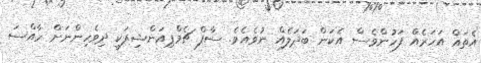
އެތައް އަހަރެއް ފަހުންވެސް އެކަން ބަދަލެއް ނުވެއެވެ. ސާފް ޗެމްޕިއަންޝިޕަކީ ދިވެހިންނަށް ހާއްސަ